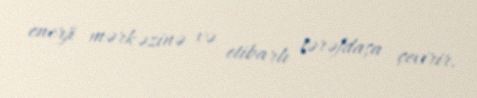
enerji mərkəzinə və etibarlı tərəfdaşa çevirir.